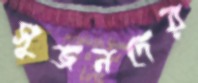
সুজনদের